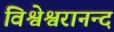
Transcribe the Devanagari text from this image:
विश्वेश्वरानन्द